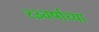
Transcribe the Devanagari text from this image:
२३वर्षाच्या